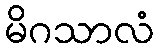
မိဂသာလံ